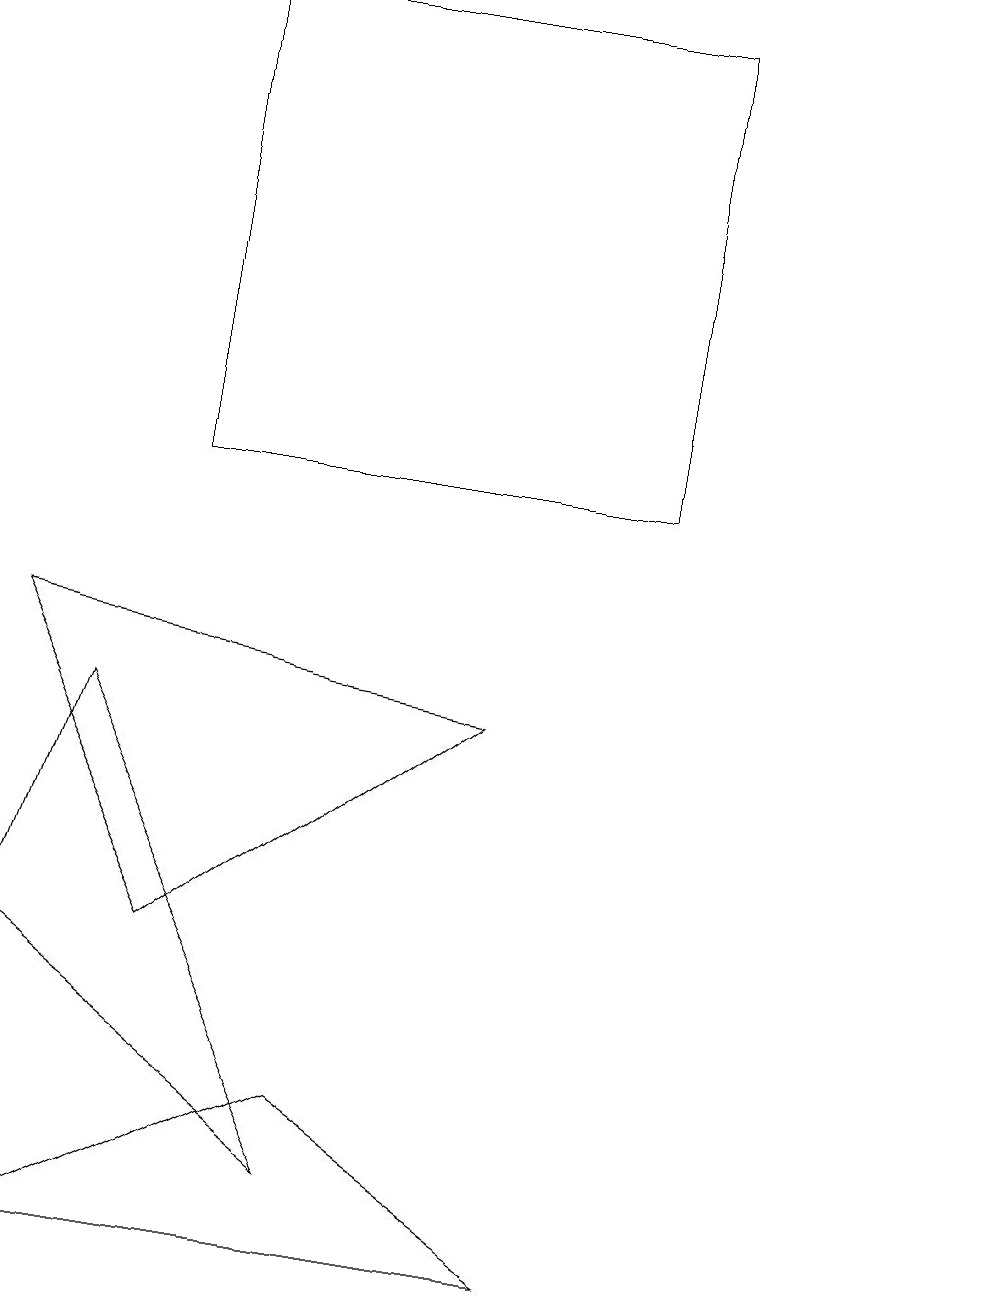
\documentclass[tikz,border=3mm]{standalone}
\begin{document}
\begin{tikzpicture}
\draw (4,2) -- (1,8) -- (0,5) -- cycle;
\draw (12,10) circle (0);
\draw (0,1) -- (4,3) -- (7,1) -- cycle;
\draw (6,8) -- (0,9) -- (2,5) -- cycle;
\draw (2,17) rectangle (8,11);
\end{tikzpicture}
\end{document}